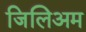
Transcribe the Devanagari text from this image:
जिलिअम